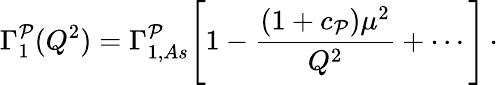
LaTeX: \Gamma_{1}^{\mathcal{P}}(Q^{2})=\Gamma_{1,As}^{\mathcal{P}}\Biggl[1-{\frac{{(1+c_{\mathcal{P}})\mu^{2}}}{{Q^{2}}}}+\cdots\Biggl]\, \cdot